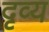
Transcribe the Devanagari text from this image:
दृव्य